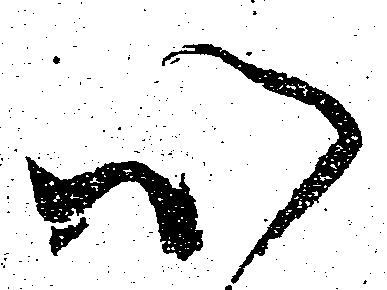
心